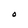
Character: O